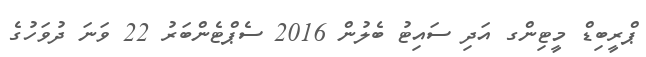
ޕްރީބިޑް މީޓިންގ އަދި ސައިޓު ބެލުން 2016 ސެޕްޓެންބަރު 22 ވަނަ ދުވަހުގެ